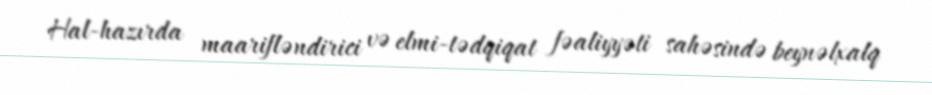
Hal-hazırda maarifləndirici və elmi-tədqiqat fəaliyyəti sahəsində beynəlxalq